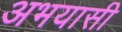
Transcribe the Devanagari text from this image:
अभयासी